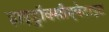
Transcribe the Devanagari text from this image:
हाइड्रॉक्सीएपेटाइट